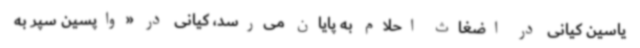
یاسین کیانی در اضغاث احلام به پایان می‌رسد، کیانی در «واپسین سپر به